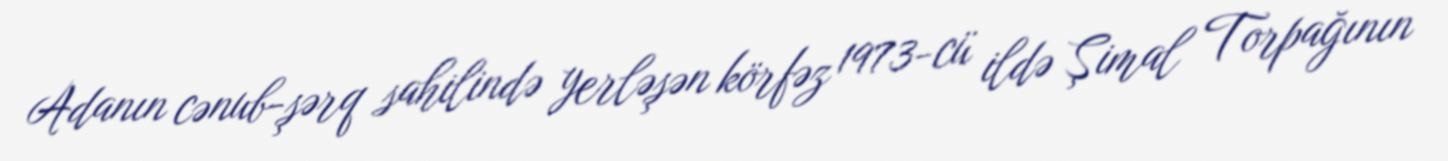
Adanın cənub-şərq sahilində yerləşən körfəz 1973-cü ildə Şimal Torpağının